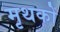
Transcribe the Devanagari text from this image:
मृथकों